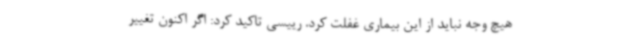
هیچ وجه نباید از این بیماری غفلت کرد. رییسی تاکید کرد: اگر اکنون تغییر